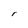
Character: r